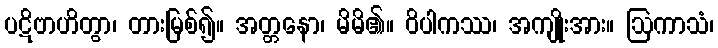
ပဋိဗာဟိတွာ၊ တားမြစ်၍။ အတ္တနော၊ မိမိ၏။ ဝိပါကဿ၊ အကျိုးအား။ ဩကာသံ၊